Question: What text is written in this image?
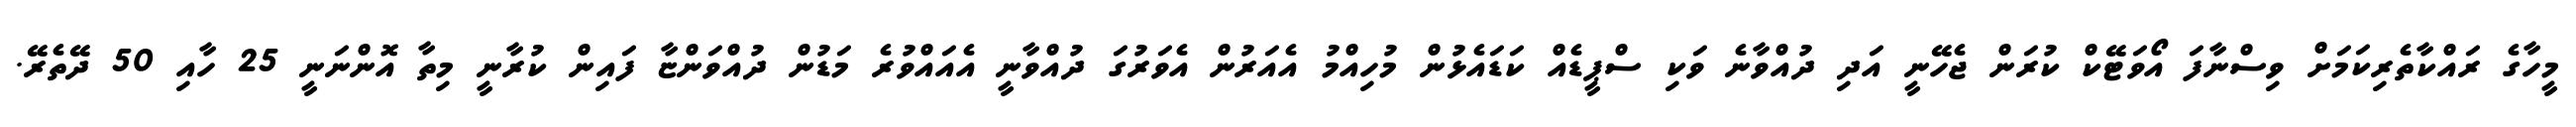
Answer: މީހާގެ ރައްކާތެރިކަމަށް ވިސްނާފަ އޯވަޓޭކް ކުރަން ޖެހޭނީ އަދި ދުއްވާނެ ވަކި ސްޕީޑެއް ކަޑައެޅުން މުހިއްމު އެއަރުން އެވަރުގަ ދުއްވާނީ އެއައްވުރެ މަޑުން ދުއްވަންޏާ ފައިން ކުރާނީ މިތާ އޮންނަނީ 25 ހާއި 50 ދޭތެރޭ.